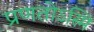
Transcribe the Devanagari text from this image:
प्रणतोऽस्मि